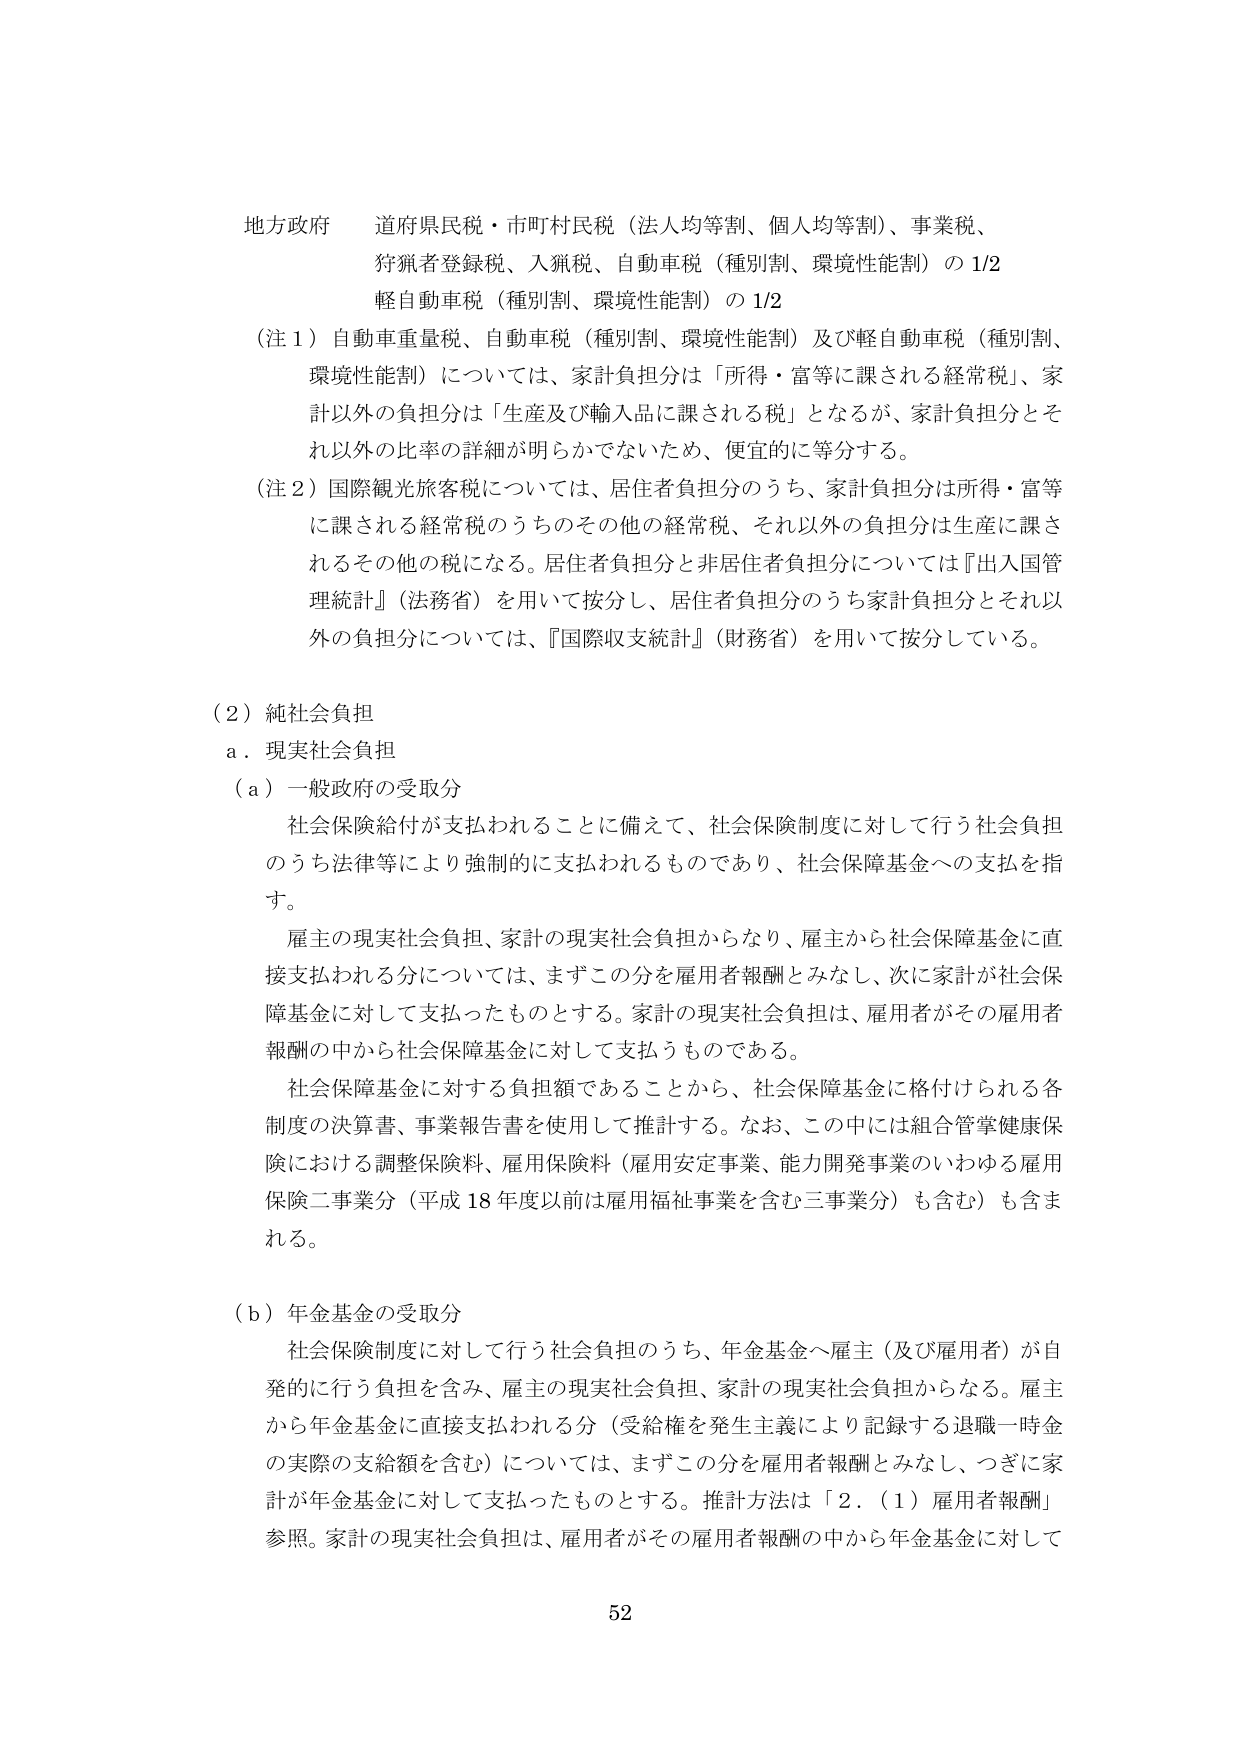
地方政府　道府県民税・市町村民税（法人均等割、個人均等割）、事業税、
狩猟者登録税、入猟税、自動車税（種別割、環境性能割）の 1/2
軽自動車税（種別割、環境性能割）の 1/2
（注１）自動車重量税、自動車税（種別割、環境性能割）及び軽自動車税（種別割、
環境性能割）については、家計負担分は「所得・富等に課される経常税」、家
計以外の負担分は「生産及び輸入品に課される税」となるが、家計負担分とそ
れ以外の比率の詳細が明らかでないため、便宜的に等分する。
（注２）国際観光旅客税については、居住者負担分のうち、家計負担分は所得・富等
に課される経常税のうちのその他の経常税、それ以外の負担分は生産に課さ
れるその他の税になる。居住者負担分と非居住者負担分については『出入国管
理統計』（法務省）を用いて按分し、居住者負担分のうち家計負担分とそれ以
外の負担分については、『国際収支統計』（財務省）を用いて按分している。

（２）純社会負担
ａ．現実社会負担
（ａ）一般政府の受取分
　　社会保険給付が支払われることに備えて、社会保険制度に対して行う社会負担
のうち法律等により強制的に支払われるものであり、社会保障基金への支払を指
す。
　　雇主の現実社会負担、家計の現実社会負担からなり、雇主から社会保障基金に直
接支払われる分については、まずこの分を雇用者報酬とみなし、次に家計が社会保
障基金に対して支払ったものとする。家計の現実社会負担は、雇用者がその雇用者
報酬の中から社会保障基金に対して支払うものである。
　　社会保障基金に対する負担額であることから、社会保障基金に格付けられる各
制度の決算書、事業報告書を使用して推計する。なお、この中には組合管掌健康保
険における調整保険料、雇用保険料（雇用安定事業、能力開発事業のいわゆる雇用
保険二事業分（平成 18 年度以前は雇用福祉事業を含む三事業分）も含む）も含ま
れる。

（ｂ）年金基金の受取分
　　社会保険制度に対して行う社会負担のうち、年金基金へ雇主（及び雇用者）が自
発的に行う負担を含み、雇主の現実社会負担、家計の現実社会負担からなる。雇主
から年金基金に直接支払われる分（受給権を発生主義により記録する退職一時金
の実際の支給額を含む）については、まずこの分を雇用者報酬とみなし、つぎに家
計が年金基金に対して支払ったものとする。推計方法は「２．（１）雇用者報酬」
参照。家計の現実社会負担は、雇用者がその雇用者報酬の中から年金基金に対して

52